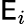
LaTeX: \mathsf{E}_{i}